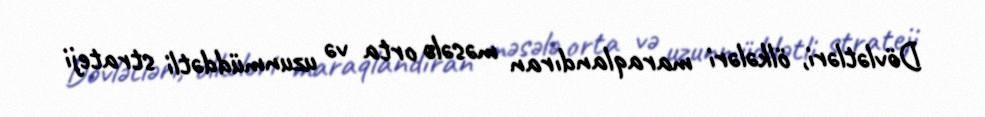
Dövlətləri, ölkələri maraqlandıran məsələ orta və uzunmüddətli strateji